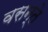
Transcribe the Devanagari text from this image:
वसन्ते